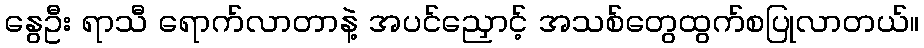
နွေဦး ရာသီ ရောက်လာတာနဲ့ အပင်ညှောင့် အသစ်တွေထွက်စပြုလာတယ်။